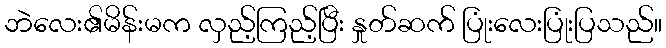
ဘဲလေး၏မိန်းမက လှည့်ကြည့်ပြီး နှုတ်ဆက် ပြုံးလေးပြုံးပြသည်။